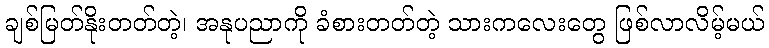
ချစ်မြတ်နိုးတတ်တဲ့၊ အနုပညာကို ခံစားတတ်တဲ့ သားကလေးတွေ ဖြစ်လာလိမ့်မယ်